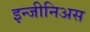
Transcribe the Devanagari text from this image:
इन्जीनिअस